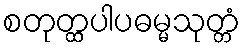
စတုတ္ထပါပဓမ္မသုတ္တံ